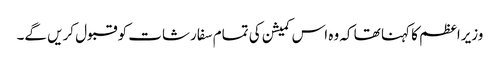
وزیراعظم کا کہنا تھا کہ وہ اس کمیشن کی تمام سفارشات کو قبول کریں گے۔